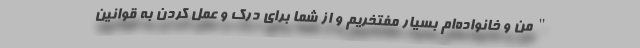
"من و خانواده‌ام بسیار مفتخریم و از شما برای درک و عمل کردن به قوانین